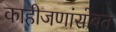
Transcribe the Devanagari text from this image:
काहीजणांसोबत